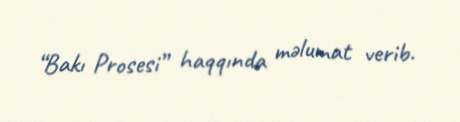
“Bakı Prosesi” haqqında məlumat verib.